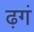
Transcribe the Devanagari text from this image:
ढ़गं